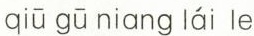
qiū gū niang láì le